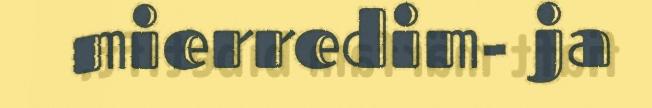
mierredim- ja